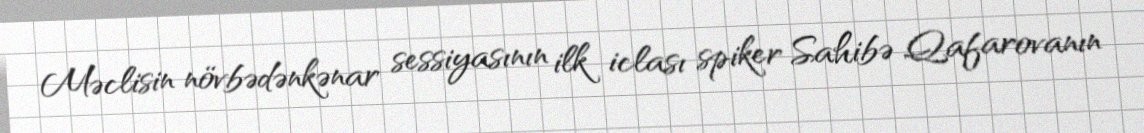
Məclisin növbədənkənar sessiyasının ilk iclası spiker Sahibə Qafarovanın